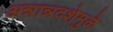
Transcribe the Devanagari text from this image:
अन्नान्नदशेमुळे